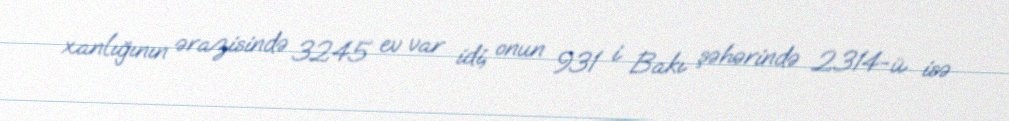
xanlığının ərazisində 3245 ev var idi, onun 931 i Bakı şəhərində 2314-ü isə